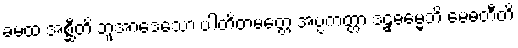
ခမထ အစ္ဆီတိ ဘူအာဒေသော ပါတိတမတ္တေ အပ္ပကတ္တာ ဒဠှဓမ္မေဘိ မေဓတီတိ